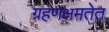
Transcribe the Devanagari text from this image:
ग्रहणक्षमतेत